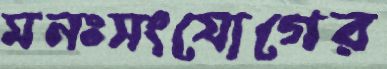
মনঃসংযোগের